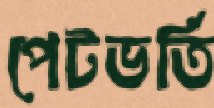
পেটভর্তি